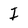
Character: I